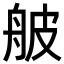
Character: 𦨭